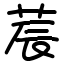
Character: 莀